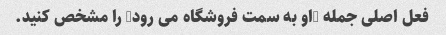
فعل اصلی جمله "او به سمت فروشگاه می رود" را مشخص کنید.